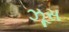
ઝૂસ